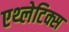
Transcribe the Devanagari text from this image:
एथ्लेटिक्स